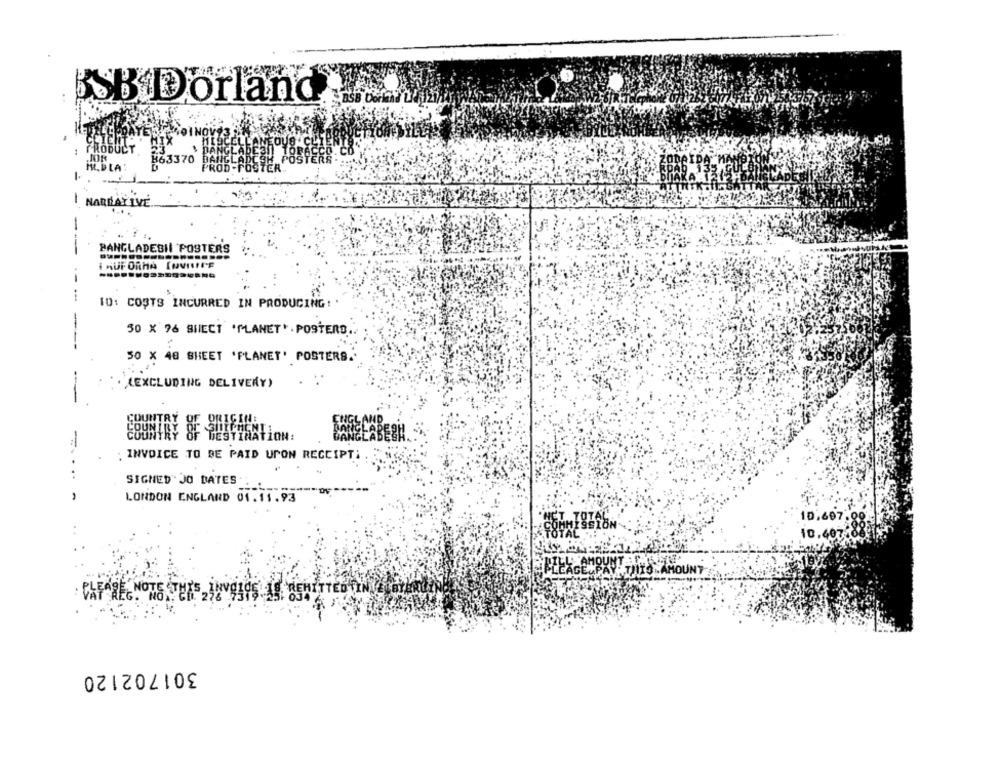
SB Dorland
CHIENTS
PRODUCT
JOR
363370
-
NARRATIVE
-
PANGLADEBIL POSTERS
I AUF ORHA TOVISITE
10: COSTS INCURRED IN PRODUCING: .
50 X 76 SIECT *PLANET* . POSTERS.
50 X 48 SHEET 'PLANET' POSTERS.
(EXCLUDING DELIVERY)
: INVOICE TO BE PAID UPON RECEIPT;
SIGNED JO BATES
LONDON ENGLAND 01.11.93
10.6
LEAGE, PAY: THIS AMOUNT
301702120